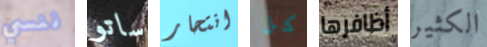
ننسي ساتو انتحار كل أظافرها الكثير